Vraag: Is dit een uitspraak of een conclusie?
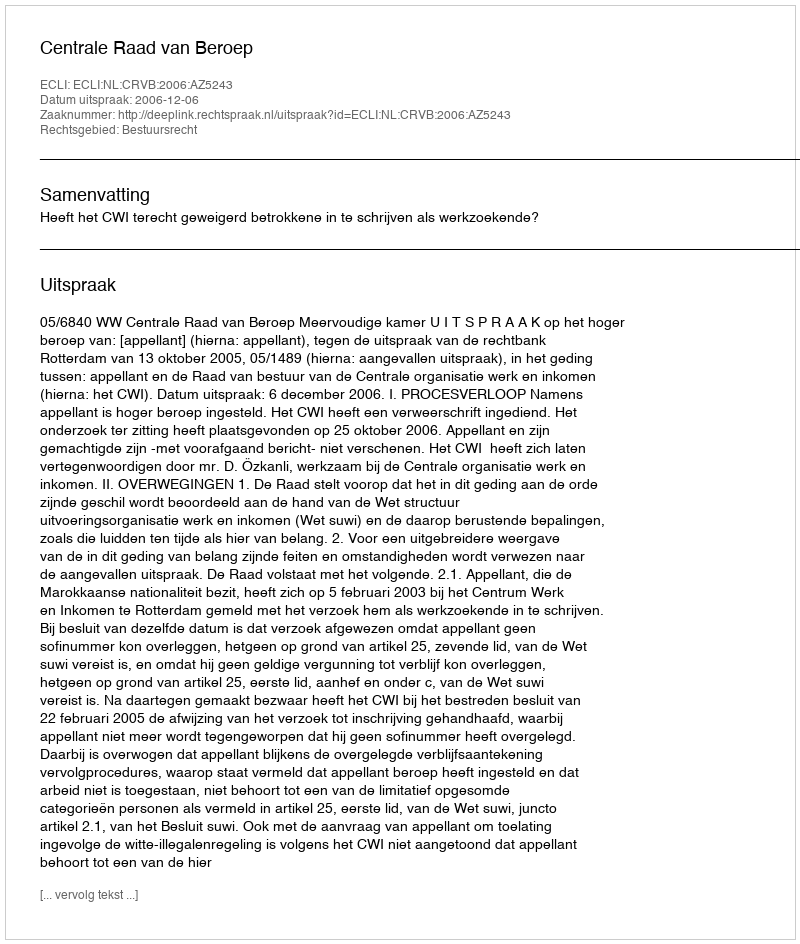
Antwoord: Uitspraak